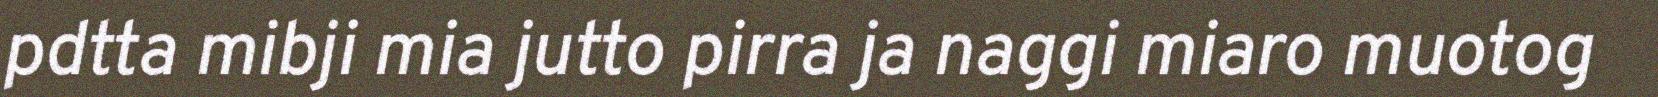
pdtta mibji mia jutto pirra ja naggi miaro muotog